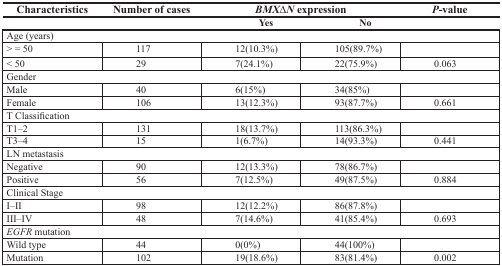
<table><thead><tr><td><b>Characteristics</b></td><td><b>Number of cases</b></td><td colspan="2"><b>BMXΔN expression</b></td><td><b><i>P</i>-value</b></td></tr><tr><td></td><td></td><td><b>Yes</b></td><td><b>No</b></td><td></td></tr></thead><tbody><tr><td colspan="5">Age (years)</td></tr><tr><td>&gt; = 50</td><td>117</td><td>12(10.3%)</td><td>105(89.7%)</td><td></td></tr><tr><td>&lt; 50</td><td>29</td><td>7(24.1%)</td><td>22(75.9%)</td><td>0.063</td></tr><tr><td colspan="5">Gender</td></tr><tr><td>Male</td><td>40</td><td>6(15%)</td><td>34(85%)</td><td></td></tr><tr><td>Female</td><td>106</td><td>13(12.3%)</td><td>93(87.7%)</td><td>0.661</td></tr><tr><td colspan="5">T Classification</td></tr><tr><td>T1–2</td><td>131</td><td>18(13.7%)</td><td>113(86.3%)</td><td></td></tr><tr><td>T3–4</td><td>15</td><td>1(6.7%)</td><td>14(93.3%)</td><td>0.441</td></tr><tr><td colspan="5">LN metastasis</td></tr><tr><td>Negative</td><td>90</td><td>12(13.3%)</td><td>78(86.7%)</td><td></td></tr><tr><td>Positive</td><td>56</td><td>7(12.5%)</td><td>49(87.5%)</td><td>0.884</td></tr><tr><td colspan="5">Clinical Stage</td></tr><tr><td>I–II</td><td>98</td><td>12(12.2%)</td><td>86(87.8%)</td><td></td></tr><tr><td>III–IV</td><td>48</td><td>7(14.6%)</td><td>41(85.4%)</td><td>0.693</td></tr><tr><td colspan="5"><i>EGFR</i> mutation</td></tr><tr><td>Wild type</td><td>44</td><td>0(0%)</td><td>44(100%)</td><td></td></tr><tr><td>Mutation</td><td>102</td><td>19(18.6%)</td><td>83(81.4%)</td><td>0.002</td></tr></tbody></table>